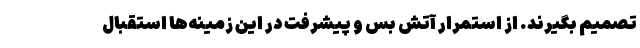
تصمیم بگیرند. از استمرار آتش بس و پیشرفت در این زمینه‌ها استقبال